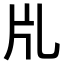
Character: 𤖨